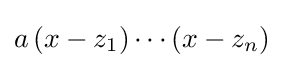
a\left(x-z_{1}\right)\cdots \left(x-z_{n}\right)